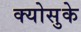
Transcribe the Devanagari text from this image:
क्योसुके